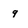
Character: 9